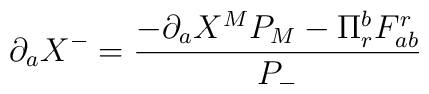
\partial _{a}X^{-}=\frac{-\partial _{a}X^{M}P_{M}-\Pi ^{b}_{r}F^{r}_{ab}}{P_{-}}